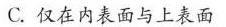
C.仅在内表面与上表面